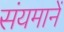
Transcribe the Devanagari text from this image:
संयमानें